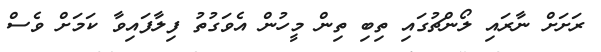
ރަށަށް ނާރައި ލޯންޗުގައި ތިބި ތިން މީހުން އެވަގުތު ފިލާފައިވާ ކަމަށް ވެސް